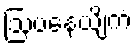
ဩပနေယျိကံ